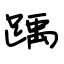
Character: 踽